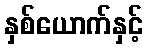
နှစ်ယောက်နှင့်